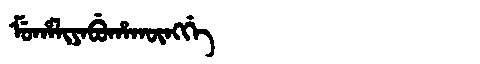
Manchu: ᠮᡠᡥᠠᠯᡳᠶᠠᠪᡠᡥᠠᡴᡡᠩᡤᡝ
Romanization: MUHALIYABUHAKŪNGGE